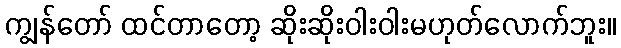
ကျွန်တော် ထင်တာတော့ ဆိုးဆိုးဝါးဝါးမဟုတ်လောက်ဘူး။